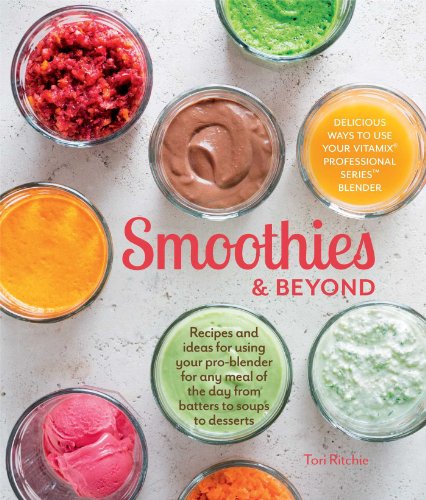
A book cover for Smoothies and Beyond: Recipes and ideas for using your pro-blender for any meal of the day from batters to soups to desserts; Tori Ritchie; Cookbooks, Food & Wine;